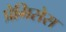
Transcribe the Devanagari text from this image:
प्रेमिसेस